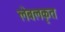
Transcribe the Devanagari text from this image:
लेबलकृत